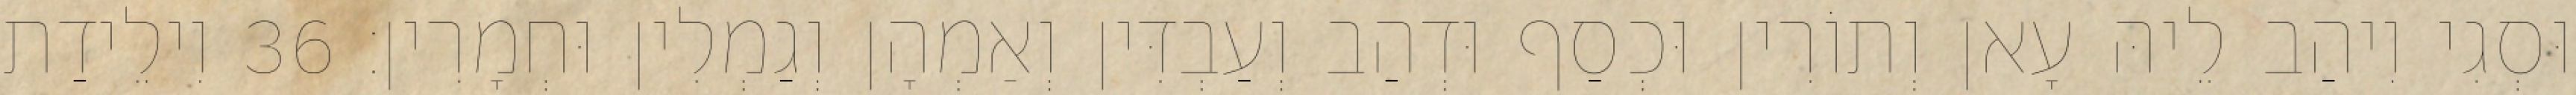
וּסְגִי וִיהַב לֵיהּ עָאן וְתוֹרִין וּכְסַף וּדְהַב וְעַבְדִּין וְאַמְהָן וְגַמְלִין וּחְמָרִין׃ 36 וִילֵידַת